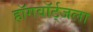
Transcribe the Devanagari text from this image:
हॉगवॉर्ट्‌जला